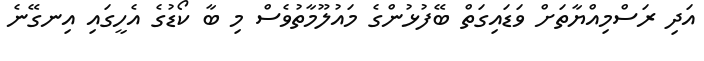
އަދި ރަސްމިއްޔާތަށް ވަޑައިގަތް ބޭފުޅުންގެ މައުލޫމާތުވެސް މި ބާ ކޯޑުގެ އެހީގައި އިނގޭނެ